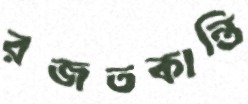
রজতকান্তি